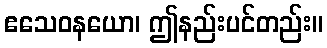
ဧသေဝနယော၊ ဤနည်းပင်တည်း။